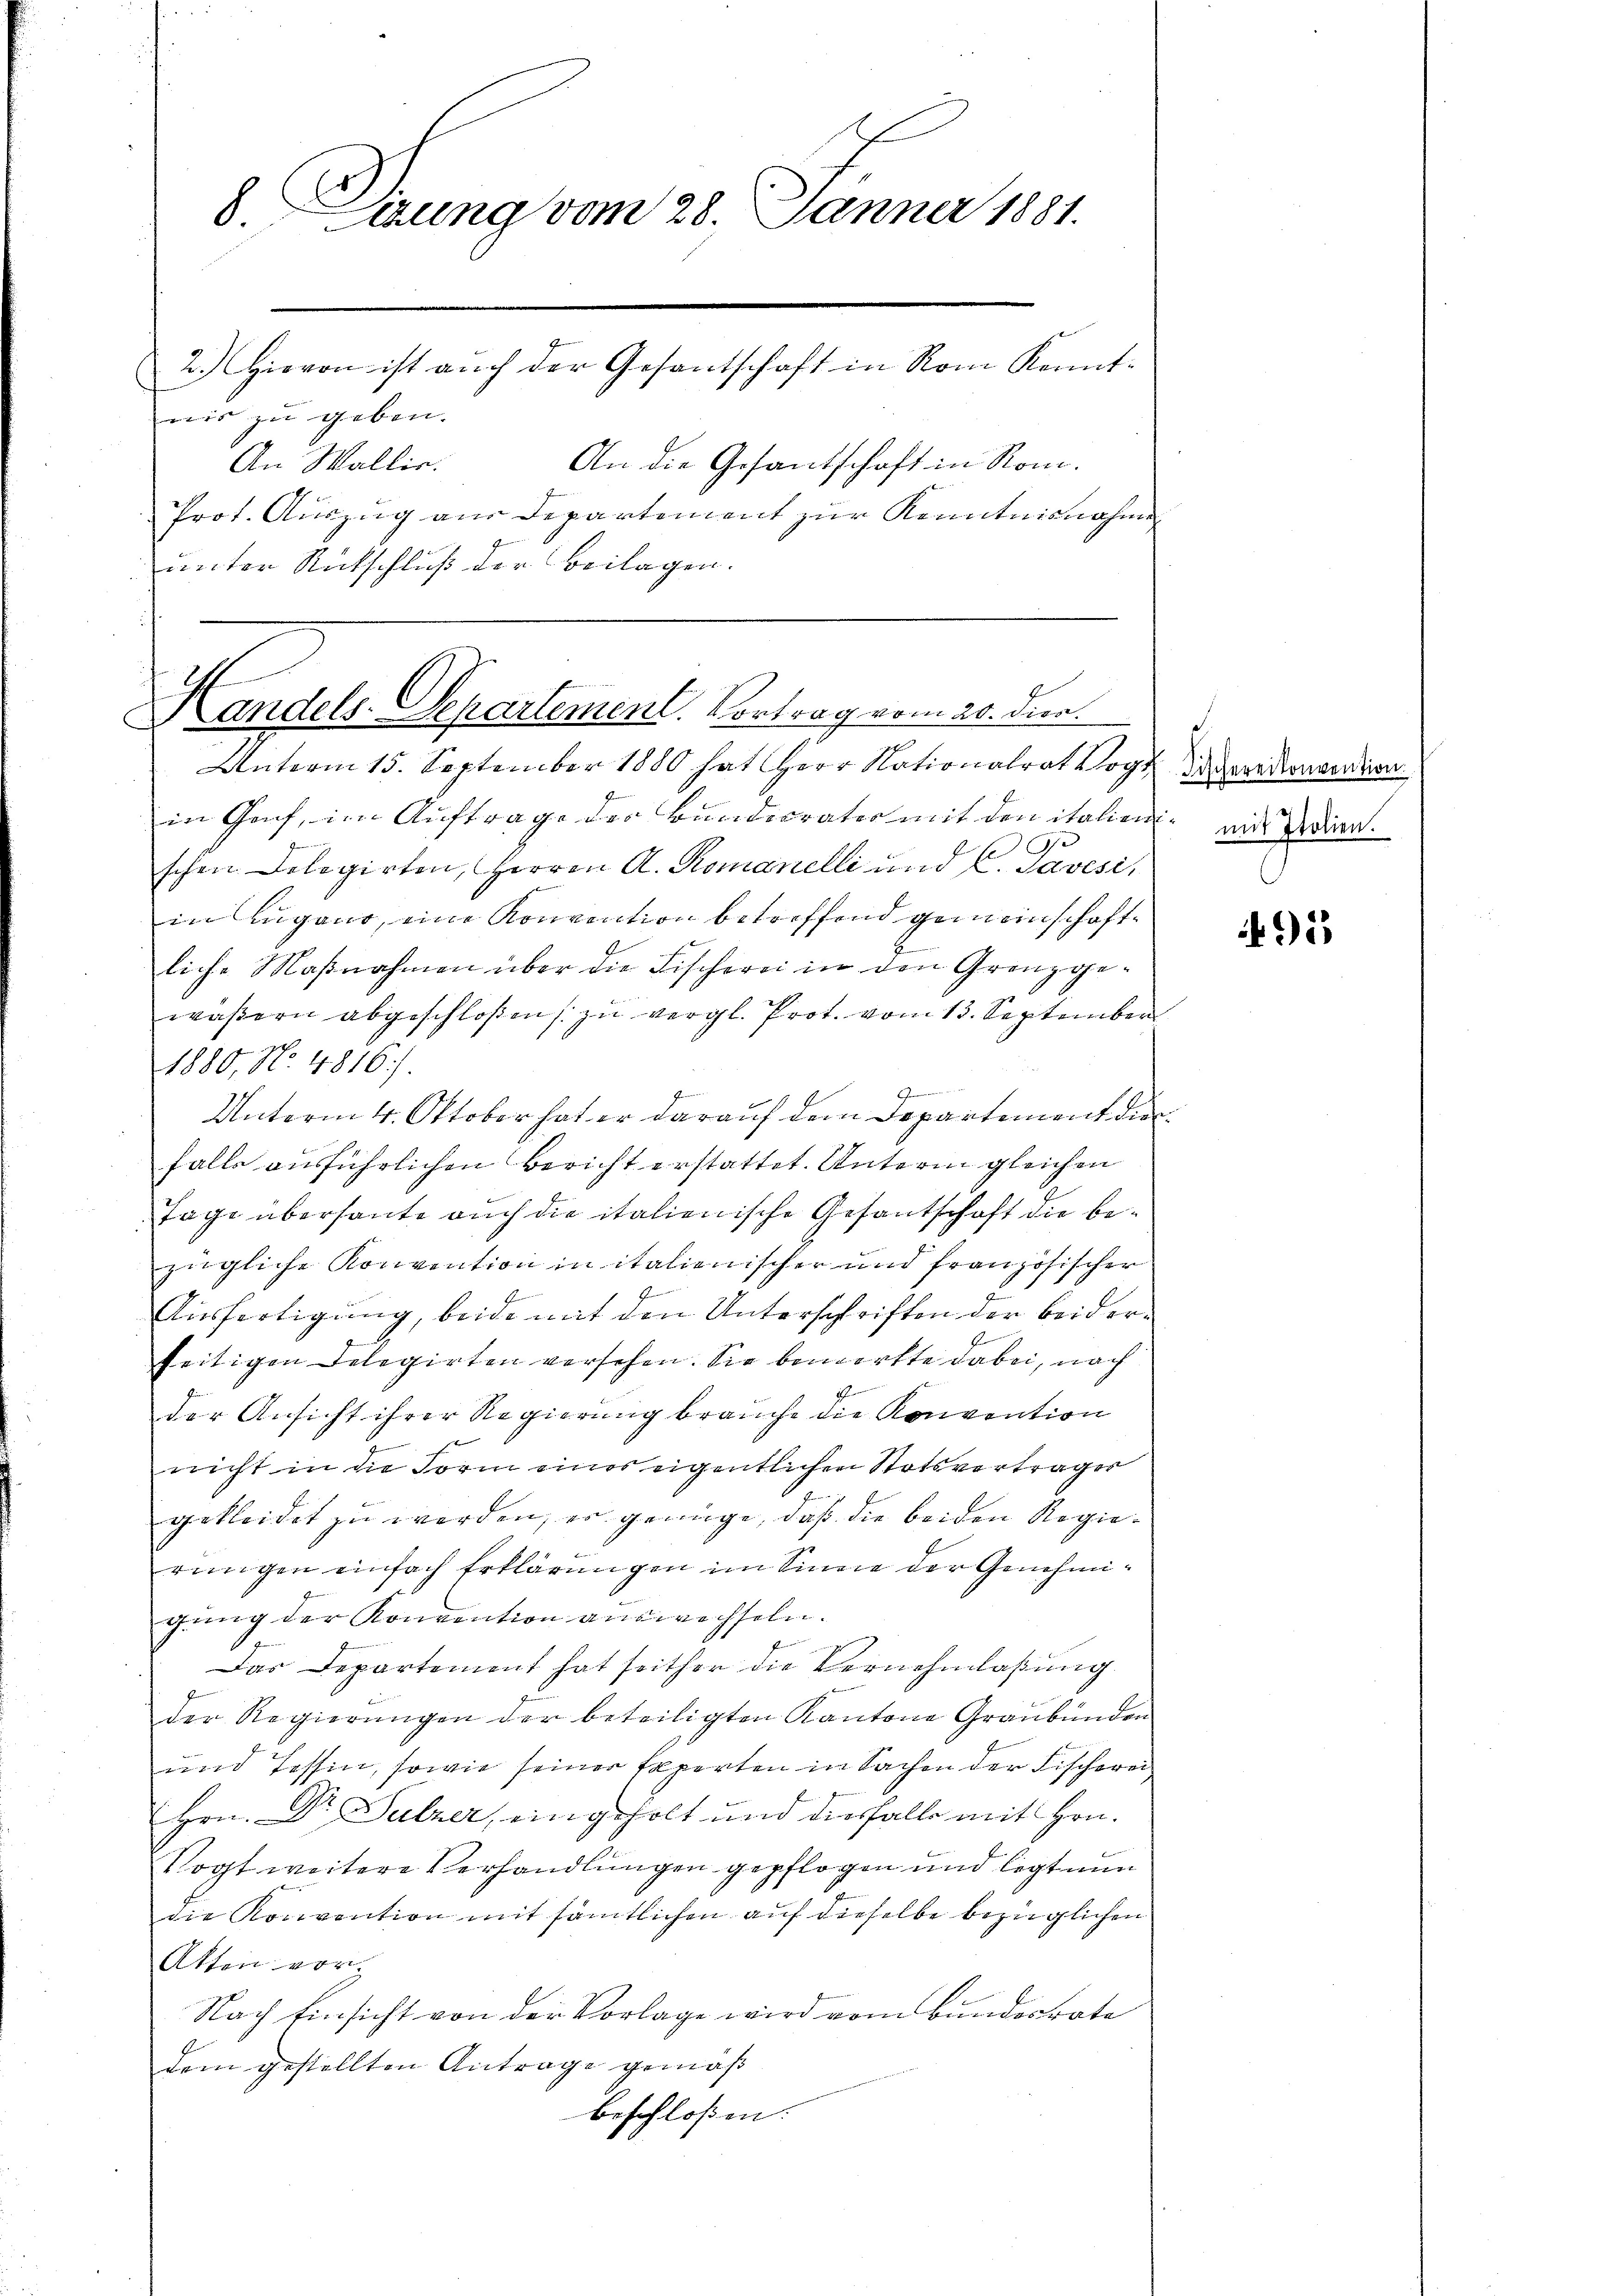
8 Tigung vom 28. Januar 1881.
2.) Hievon ist auch der Gesantschaft in Rom Kenntmir zu geben.

An die Gesantschaft in Rom.
An Wallis.
Prot. Auszug aus Departement zur Kenntnisnahm
unter Rückschluß der Beilagen.

Handels-Separtement. Vortrag vom 20. dien.
Unterm 15. September 1880 hat Herr Nationalrat Vogt Sarderordern

in Genf, im Auftrage der Bundecratio mit den italien mit den
Ge
schen Dolegirten, Herren A. Romanelli und C. Savesi,
in Lugano, eine Konvention betreffend gemeinschaftliche Maßnahmen über die Fischerei in den Grenzgewäßern abgeschloßen / zu vergl. Prot. vom 13. September
1880, No. 4816).
n
Unterm 4. Oktober hat er darauf dem Departement die
falls ausführlichen Bericht erstattet. Unterm gleichen
Tage überhaute auch die italienische Gesantschaft die bezügliche Konvention in italienischer und französischer
Ausfertigung, beide mit den Unterschriften der beiderseitigen Delegirten versehen. Sie bemerkte dabei, nach
der Ansicht ihrer Regierung brauche die Konvention
nicht in die Form eines eigentlichen Statsverträger
gekleidet zu werden, er genüge, daß die beiden Regierungen einfach Erklärungen im Sinne der Genehmigung der Konvention auswechseln.
Das Departement hat seither die Vernehmlaßung
der Regierŭngen der beteiligten Kantone Graubünden
und Tessin, sowie seiner Experten in Sachen der Fischerei
Hrn. Dr Sulzer, eingeholt und diesfalls mit Hrn.
Vogt weitere Verhandlungen gepflogen und legt nun
die Konvention mit sämtlichen auf dieselbe bezüglichen
Akten vor.
Nach Einsicht von der Vorlage wird vom Bundesrate
dem gestellten Antrage gemäß
beschloßen:

1